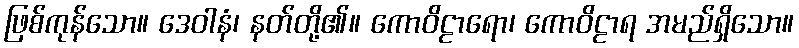
ဖြစ်ကုန်သော။ ဒေဝါနံ၊ နတ်တို့၏။ ကောဝိဠာရော၊ ကောဝိဠာရ အမည်ရှိသော။